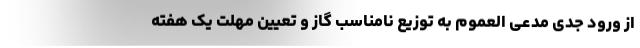
از ورود جدی مدعی العموم به توزیع نامناسب گاز و تعیین مهلت یک هفته